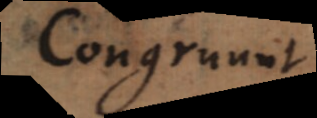
Congruunt